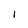
Character: l